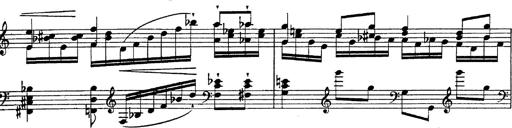
Title: Fantasie Ã¼ber Themen aus Mozarts Figaro und Don Giovanni
Composer: Franz Liszt